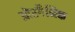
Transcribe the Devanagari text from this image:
ओरगैनिक